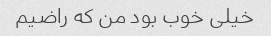
خیلی خوب بود من که راضیم